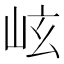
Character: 𪨬